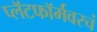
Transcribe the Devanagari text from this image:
प्लॅटफॉर्मवरचं